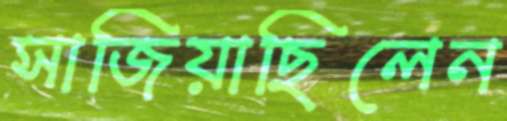
সাজিয়াছিলেন